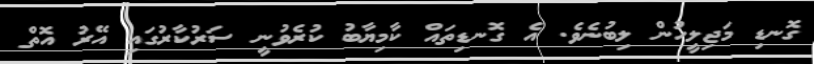
ގޮނޑި މަޖިލީހުން ލިބުނެވެ. އެ ގޮނޑިތައް ކާމިޔާބު ކުރެވުނީ ސަރުކާރުގައި އޭރު އޮތް